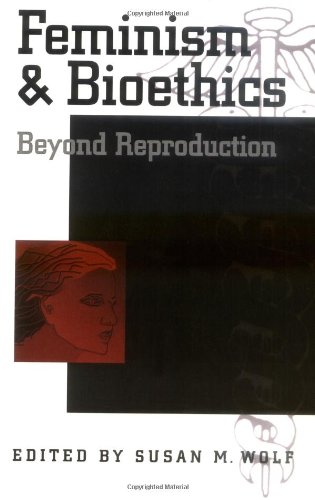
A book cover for Feminism & Bioethics: Beyond Reproduction; Parenting & Relationships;